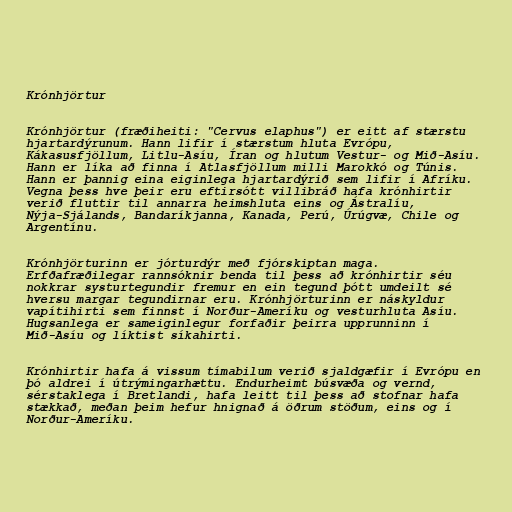
Krónhjörtur

Krónhjörtur (fræðiheiti: "Cervus elaphus") er eitt af stærstu
hjartardýrunum. Hann lifir í stærstum hluta Evrópu,
Kákasusfjöllum, Litlu-Asíu, Íran og hlutum Vestur- og Mið-Asíu.
Hann er líka að finna í Atlasfjöllum milli Marokkó og Túnis.
Hann er þannig eina eiginlega hjartardýrið sem lifir í Afríku.
Vegna þess hve þeir eru eftirsótt villibráð hafa krónhirtir
verið fluttir til annarra heimshluta eins og Ástralíu,
Nýja-Sjálands, Bandaríkjanna, Kanada, Perú, Úrúgvæ, Chile og
Argentínu.

Krónhjörturinn er jórturdýr með fjórskiptan maga.
Erfðafræðilegar rannsóknir benda til þess að krónhirtir séu
nokkrar systurtegundir fremur en ein tegund þótt umdeilt sé
hversu margar tegundirnar eru. Krónhjörturinn er náskyldur
vapítihirti sem finnst í Norður-Ameríku og vesturhluta Asíu.
Hugsanlega er sameiginlegur forfaðir þeirra upprunninn í
Mið-Asíu og líktist síkahirti.

Krónhirtir hafa á vissum tímabilum verið sjaldgæfir í Evrópu en
þó aldrei í útrýmingarhættu. Endurheimt búsvæða og vernd,
sérstaklega í Bretlandi, hafa leitt til þess að stofnar hafa
stækkað, meðan þeim hefur hnignað á öðrum stöðum, eins og í
Norður-Ameríku.